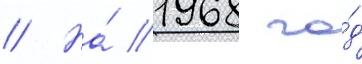
// На́ 1968 го́д